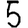
Digit: 5